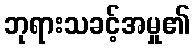
ဘုရားသခင့်အမှု၏